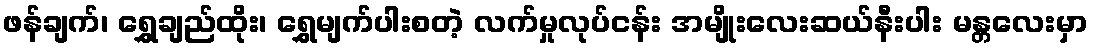
ဖန်ချက်၊ ရွှေချည်ထိုး၊ ရွှေမျက်ပါးစတဲ့ လက်မှုလုပ်ငန်း အမျိုးလေးဆယ်နီးပါး မန္တလေးမှာ